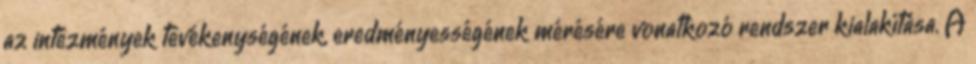
az intézmények tevékenységének, eredményességének mérésére vonatkozó rendszer kialakítása. A